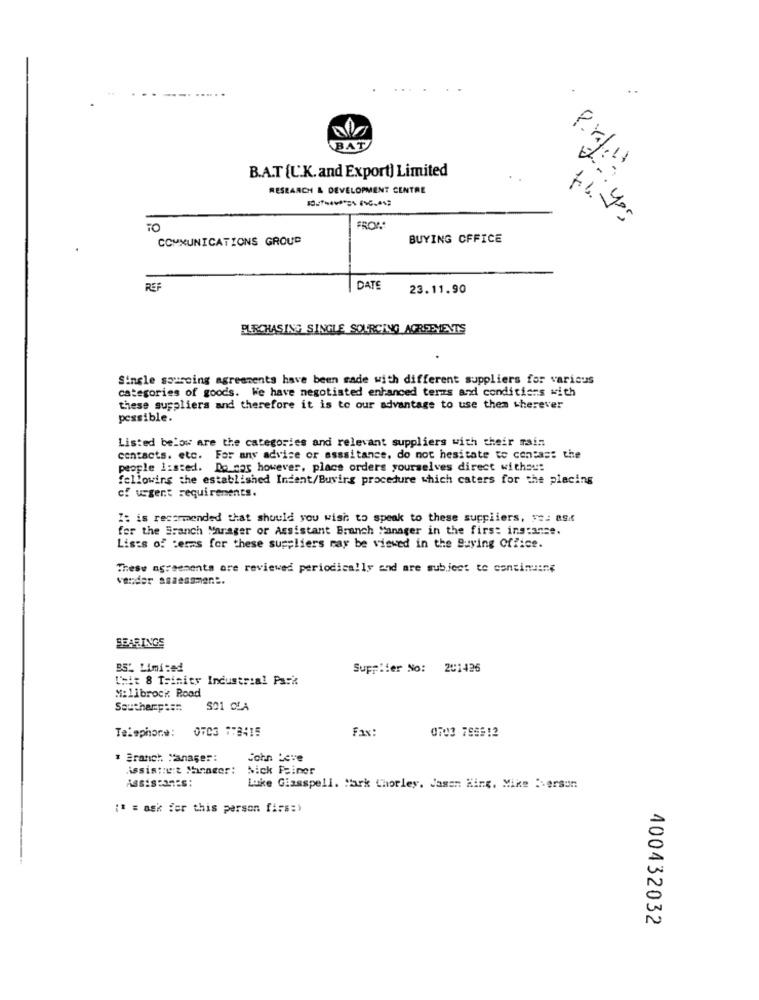
BAT
B.A.T (L.K.and Export) Limited
RESEARCH & DEVELOPMENT CENTRE
TO
FROM
COMMUNICATIONS GROUD
BUYING OFFICE
REF
DATE
23.11.90
PURCHASING SINGLE SOURCING AGREEMENTS
Single sourcing agreements have been made with different suppliers for various
categories of goods. We have negotiated enhanced terms and conditions with
these suppliers and therefore it is to our advantage to use them wherever
possible.
Listed below are the categories and relevant suppliers with their main
contacts. etc. For any advice or asssitance, do not hesitate to contas: the
people listed. Do cos however, place orders yourselves direct withsu:
fellowins the established Indent/Buvirg procedure which caters for the placing
cf ugent requirements.
Z: is recommended that should you wish to speak to these suppliers, se: asx
for the Branch Narager or Assistant Branch Manager in the first instance.
Lists of terms for these suppliers may be viewed in the Buying Office.
These agreements ore reviewed periodically and are subject to continuene
vender assessment.
BEARINGS
B5% Limited
Supplier No: 201426
U'hit 8 Trinity Industrial Park
Milibrock Rood
Southamp :==
S01 CLA
Telephone: 0703 773415
Fax:
0703 796912
# Branch Manager:
John Leve
issistaut Manager:
Mick Paiper
Assistants:
Luke Giasspell. Mark Chorley. Jamen King. Mike :. ersun
:* = ask fer this person firs:)
400432032